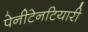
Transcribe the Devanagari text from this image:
पेनीटेनटियारी